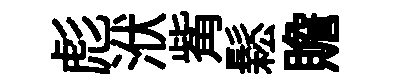
彪洑觜鬆贍